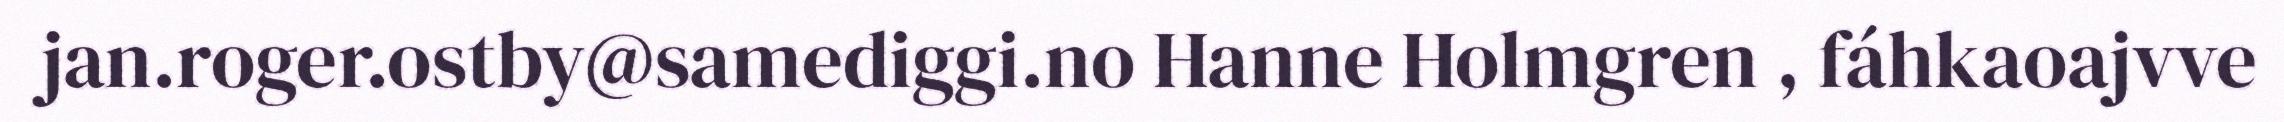
jan.roger.ostby@samediggi.no Hanne Holmgren , fáhkaoajvve